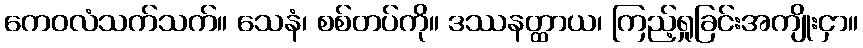
ကေဝလံသက်သက်။ သေနံ၊ စစ်တပ်ကို။ ဒဿနတ္ထာယ၊ ကြည့်ရှုခြင်းအကျိုးငှာ။